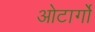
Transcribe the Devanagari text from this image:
ओटार्गो